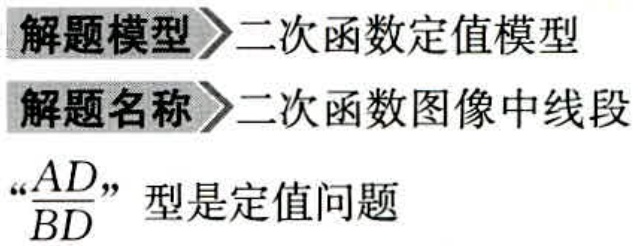
解题模型>>二次函数定值模型
解题名称>>二次函数图像中线段
“\(\frac{AD}{BD}\)”型是定值问题